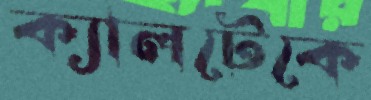
ক্যালটেকে